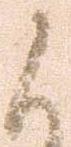
候